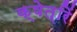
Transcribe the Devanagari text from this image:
क्षेत्रिं